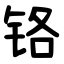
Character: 铬